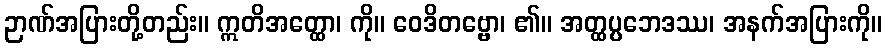
ဉာဏ်အပြားတို့တည်း။ ဣတိအတ္ထော၊ ကို။ ဝေဒိတဗ္ဗော၊ ၏။ အတ္ထပ္ပဘေဒဿ၊ အနက်အပြားကို။